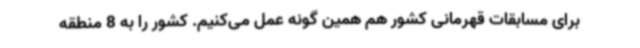
برای مسابقات قهرمانی کشور هم همین گونه عمل می‌کنیم. کشور را به 8 منطقه